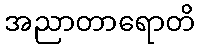
အညာတာရောတိ